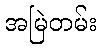
အမြဲတမ်း